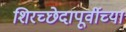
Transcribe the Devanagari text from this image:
शिरच्छेदापूर्वीच्या